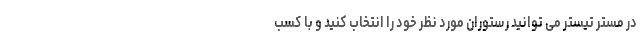
در مستر تیستر می توانید رستوران مورد نظر خود را انتخاب کنید و با کسب